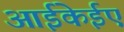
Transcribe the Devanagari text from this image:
आईकेईए